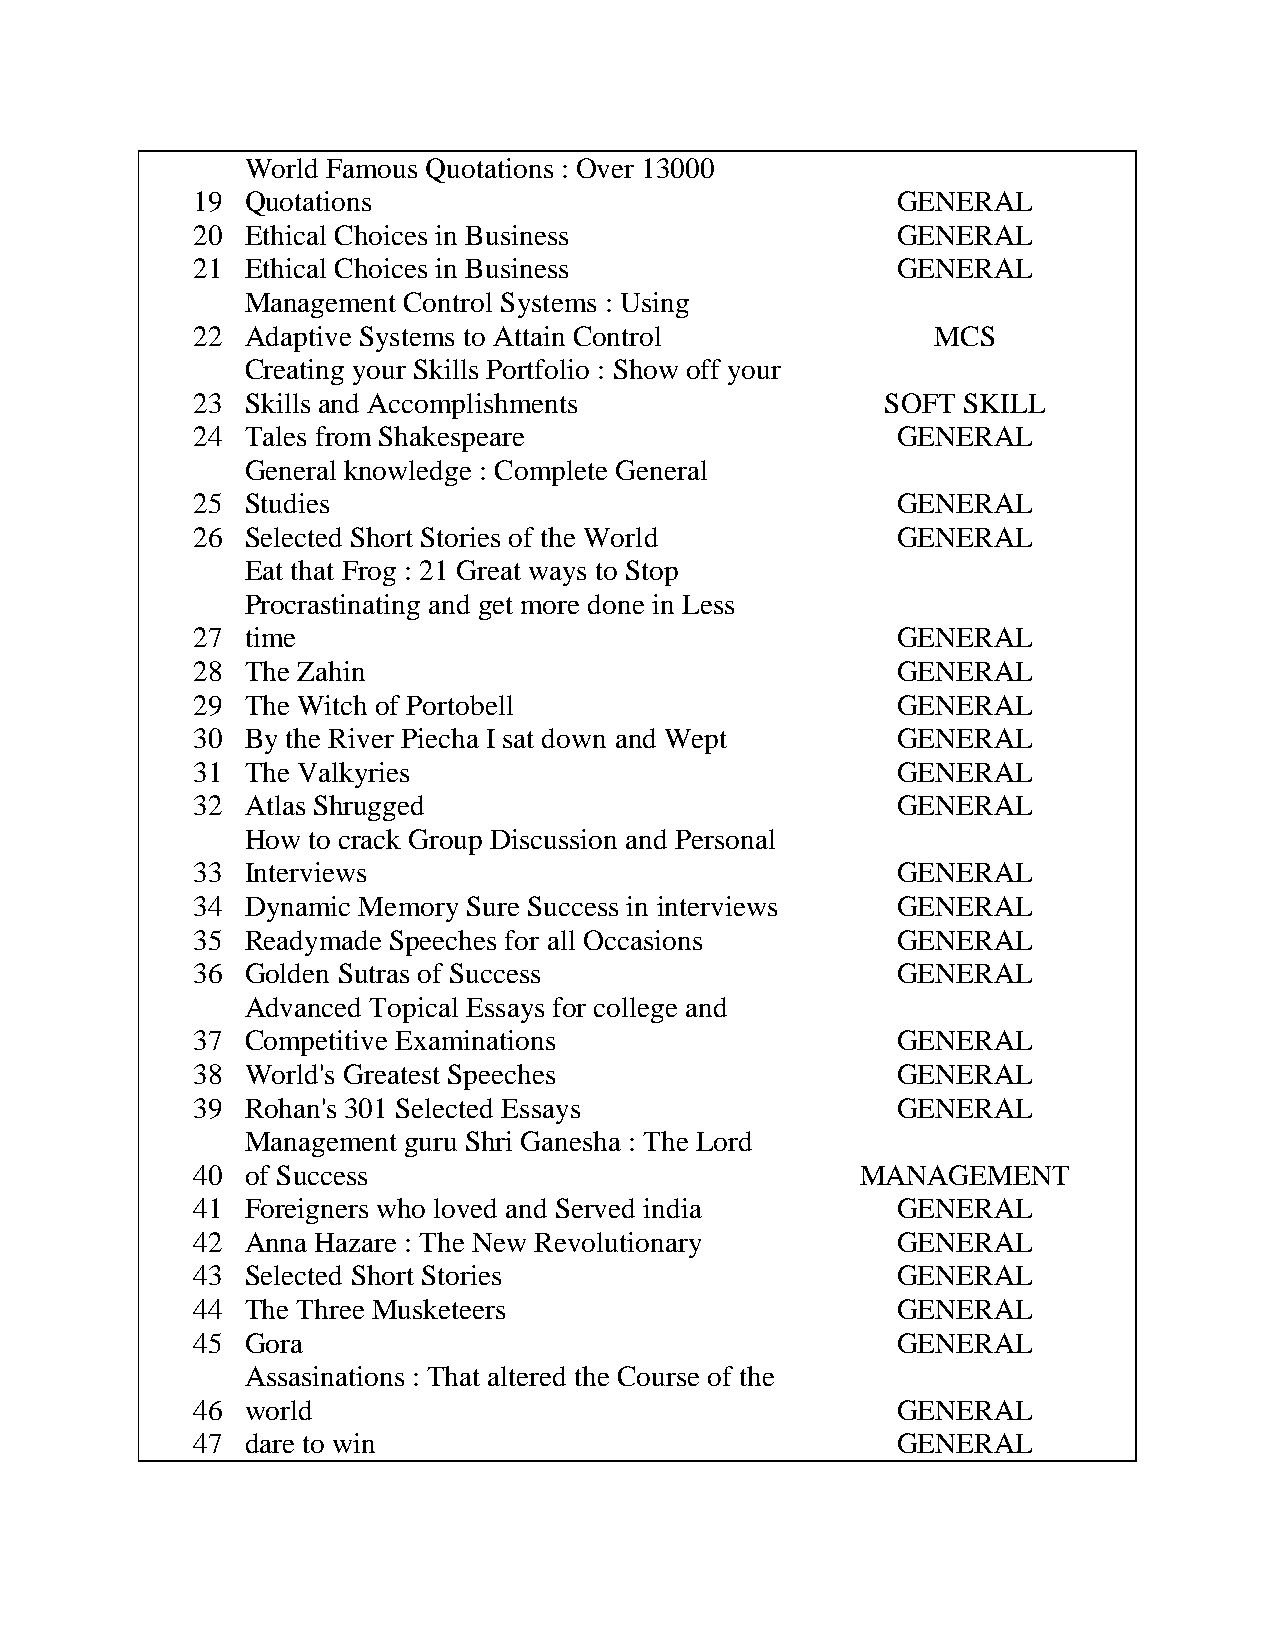
World Famous Quotations : Over 13000
 19 Quotations                                 GENERAL
 20 Ethical Choices in Business                GENERAL
 21 Ethical Choices in Business                GENERAL
 Management Control Systems : Using
 22 Adaptive Systems to Attain Control            MCS
 Creating your Skills Portfolio : Show off your
 23 Skills and Accomplishments                 SOFT SKILL
 24 Tales from Shakespeare                     GENERAL
 General knowledge : Complete General
 25 Studies                                    GENERAL
 26 Selected Short Stories of the World        GENERAL
 Eat that Frog : 21 Great ways to Stop
 Procrastinating and get more done in Less
 27 time                                       GENERAL
 28 The Zahin                                  GENERAL
 29 The Witch of Portobell                     GENERAL
 30 By the River Piecha I sat down and Wept    GENERAL
 31 The Valkyries                              GENERAL
 32 Atlas Shrugged                             GENERAL
 How to crack Group Discussion and Personal
 33 Interviews                                 GENERAL
 34 Dynamic Memory Sure Success in interviews  GENERAL
 35 Readymade Speeches for all Occasions       GENERAL
 36 Golden Sutras of Success                   GENERAL
 Advanced Topical Essays for college and
 37 Competitive Examinations                   GENERAL
 38 World's Greatest Speeches                  GENERAL
 39 Rohan's 301 Selected Essays                GENERAL
 Management guru Shri Ganesha : The Lord
 40 of Success                               MANAGEMENT
 41 Foreigners who loved and Served india      GENERAL
 42 Anna Hazare : The New Revolutionary        GENERAL
 43 Selected Short Stories                     GENERAL
 44 The Three Musketeers                       GENERAL
 45 Gora                                       GENERAL
 Assasinations : That altered the Course of the
 46 world                                      GENERAL
 47 dare to win                                GENERAL